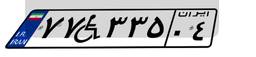
۷۷W۳۳۵۰۴